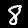
Label: 8